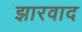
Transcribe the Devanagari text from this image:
झारवाद